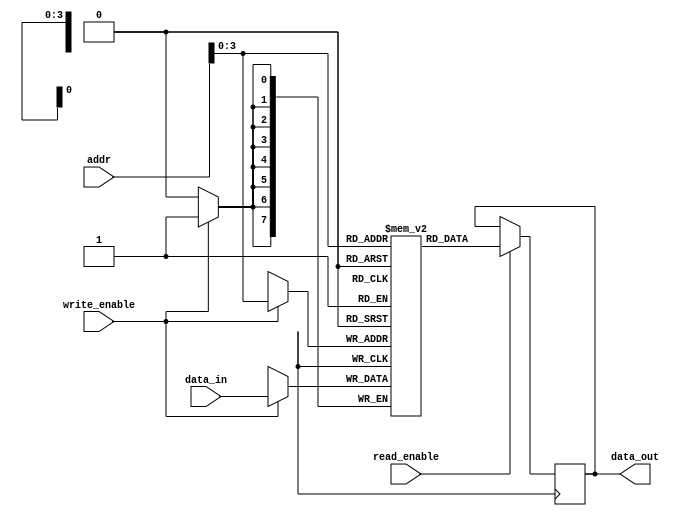
module register_file (
    input wire [7:0] addr,
    input wire [7:0] data_in,
    input wire write_enable,
    input wire read_enable,
    output reg [7:0] data_out
);

reg [7:0] registers [15:0]; // 16 registers in total

always @ (posedge clk) begin
    if (write_enable) begin
        registers[addr] <= data_in;
    end

    if (read_enable) begin
        data_out <= registers[addr];
    end
end

endmodule